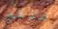
منكم